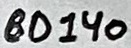
Text: BD140